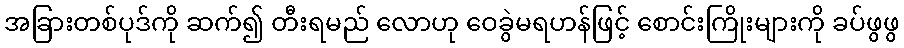
အခြားတစ်ပုဒ်ကို ဆက်၍ တီးရမည် လောဟု ဝေခွဲမရဟန်ဖြင့် စောင်းကြိုးများကို ခပ်ဖွဖွ